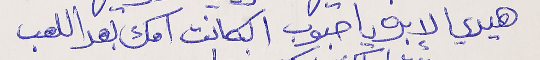
هيدي الإبره يا حبوب الكانت امك بعد اللعب